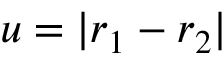
u = | \boldsymbol { r } _ { 1 } - \boldsymbol { r } _ { 2 } |